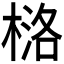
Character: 𪳅